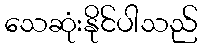
သေဆုံးနိုင်ပါသည်